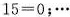
$$15=0$$；…